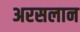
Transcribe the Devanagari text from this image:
अरसलान